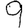
Digit: 9